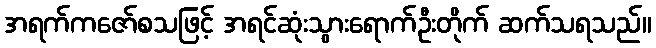
အရက်ကဇော်စသဖြင့် အရင်ဆုံးသွားရောက်ဦးတိုက် ဆက်သရသည်။